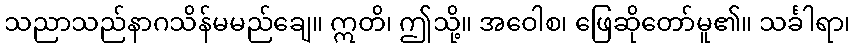
သညာသည်နာဂသိန်မမည်ချေ။ ဣတိ၊ ဤသို့။ အဝေါစ၊ ဖြေဆိုတော်မူ၏။ သင်္ခါရာ၊